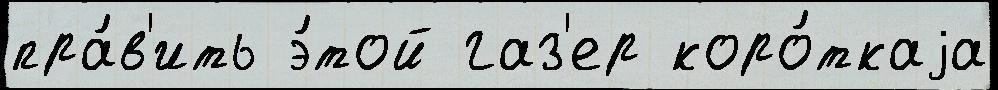
пра́в'ить э́той газ'ер коро́ткаjа